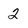
Character: 2